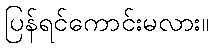
ပြန်ရင်ကောင်းမလား။